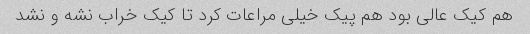
هم کیک عالی بود هم پیک خیلی مراعات کرد تا کیک خراب نشه و نشد